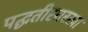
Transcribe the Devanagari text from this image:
पद्घतीसारखा